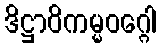
ဒိဋ္ဌာဝိကမ္မဝဂ္ဂေါ